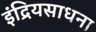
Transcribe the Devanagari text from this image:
इंद्रियसाधना